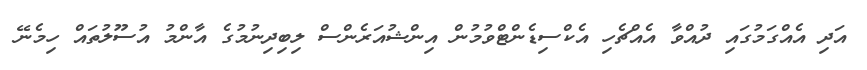
އަދި އެއްގަމުގައި ދުއްވާ އެއްޗެހި އެކްސިޑެންޓްވުމުން އިންޝުއަރެންސް ލިބިދިނުމުގެ އާންމު އުސޫލުތައް ހިމެނޭ